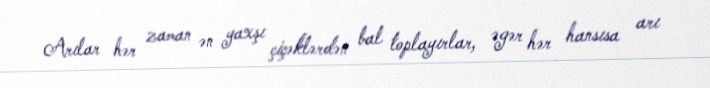
Arılar hər zaman ən yaxşı çiçəklərdən bal toplayırlar, əgər hər hansısa arı